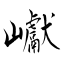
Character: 巘